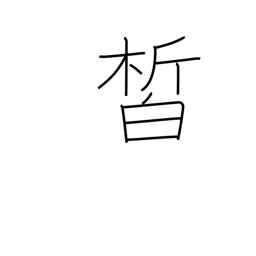
Meaning: clear